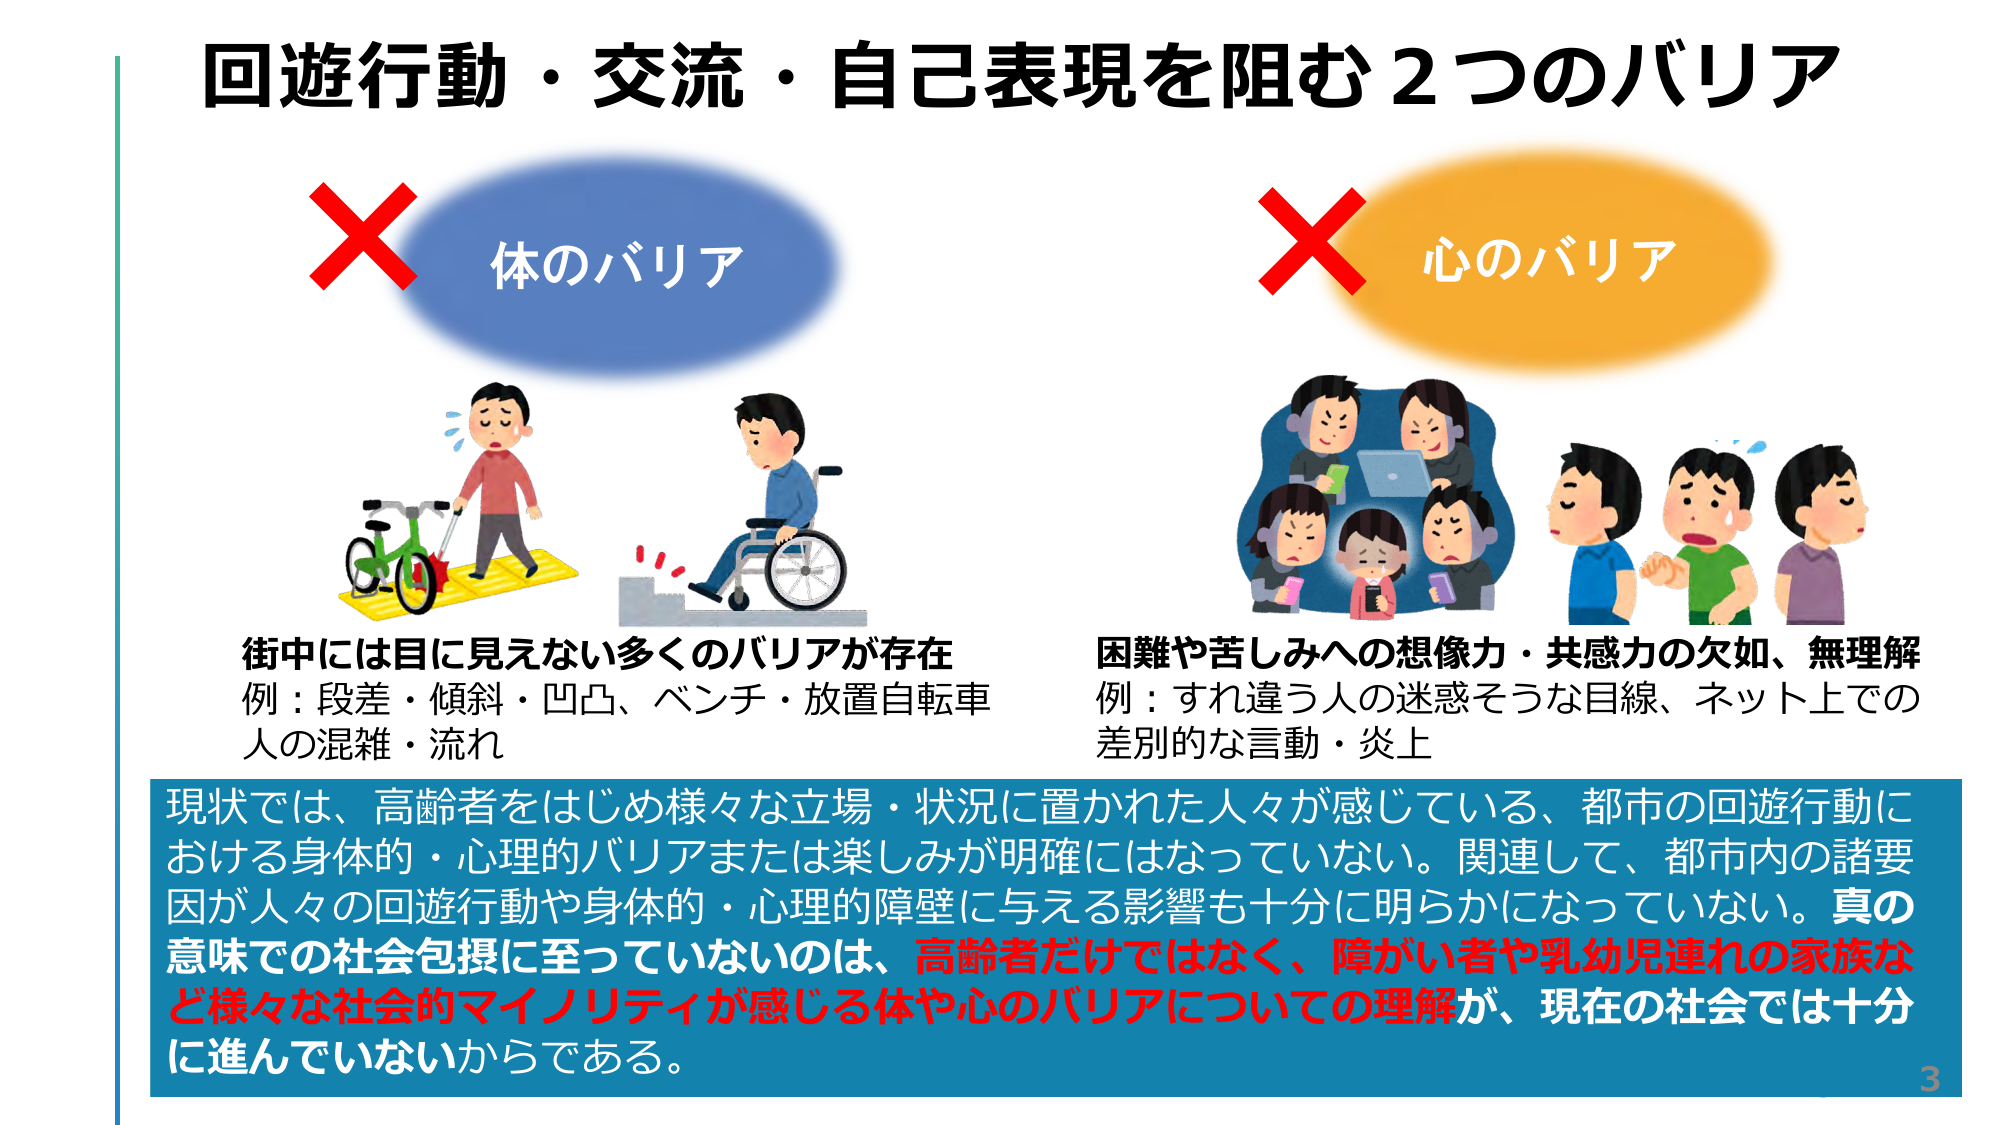
回遊行動・交流・自己表現を阻む２つのバリア

× 体のバリア
街中には目に見えない多くのバリアが存在
例：段差・傾斜・凹凸、ベンチ・放置自転車
人の混雑・流れ

× 心のバリア
困難や苦しみへの想像力・共感力の欠如、無理解
例：すれ違う人の迷惑そうな目線、ネット上での
差別的な言動・炎上

現状では、高齢者をはじめ様々な立場・状況に置かれた人々が感じている、都市の回遊行動における身体的・心理的バリアまたは楽しみが明確にはなっていない。関連して、都市内の諸要因が人々の回遊行動や身体的・心理的障壁に与える影響も十分に明らかになっていない。真の意味での社会包摂に至っていないのは、高齢者だけではなく、障がい者や乳幼児連れの家族など様々な社会的マイノリティが感じる体や心のバリアについての理解が、現在の社会では十分に進んでいないからである。

3